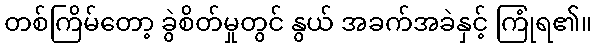
တစ်ကြိမ်တော့ ခွဲစိတ်မှုတွင် နွယ် အခက်အခဲနှင့် ကြုံရ၏။